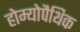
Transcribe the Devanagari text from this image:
होम्‍योपैथिक